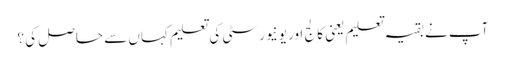
آپ نے بقیہ تعلیم یعنی کالج اور یونیورسٹی کی تعلیم کہاں سے حاصل کی ؟